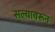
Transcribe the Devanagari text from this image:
सल्यावरून